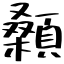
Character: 顙